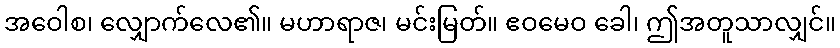
အဝေါစ၊ လျှောက်လေ၏။ မဟာရာဇ၊ မင်းမြတ်။ ဧဝမေဝ ခေါ၊ ဤအတူသာလျှင်။